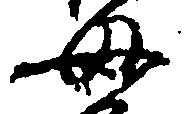
母